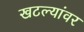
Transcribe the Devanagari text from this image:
खटल्यांवर